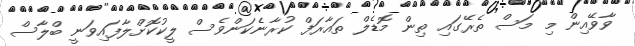
ވާވޭއިން މި މަސް ތެރޭގައި ތިން މޮޑެލް ތައާރަފް ކުރާނެކަންވެސް ލީކުކޮށްލާފައިވަނީ ބްލާސް